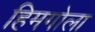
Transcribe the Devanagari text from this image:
हिमगोला